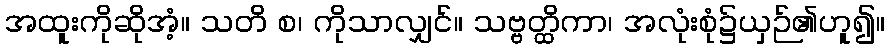
အထူးကိုဆိုအံ့။ သတိ စ၊ ကိုသာလျှင်။ သဗ္ဗတ္ထိကာ၊ အလုံးစုံ၌ယှဉ်၏ဟူ၍။